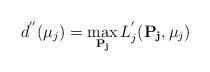
LaTeX: \begin{align*} d^{''}(\mu_j)=\max_{\mathbf{P_j}} L_j^{'}(\mathbf{P_j},\mu_j)\end{align*}